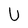
Character: U